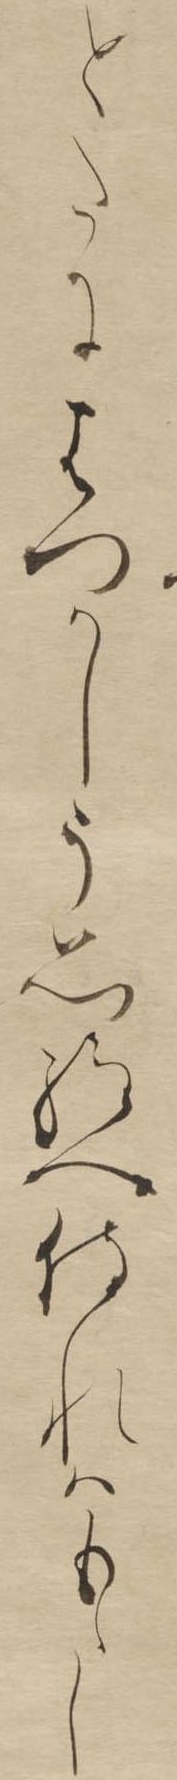
とたにはつかしう思給へ侍れはもゝし